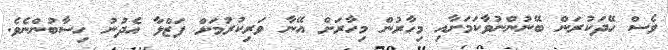
ވެސް ހޭދަކުރަން ބޭނުންނުވާކަމަށާއި މިހާރުން މިހާރަށް އޭނާ ވަރިކުރުމަށް ފަޒްލާ އެދުނު ހިސާބުންނެވެ.